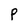
Character: P